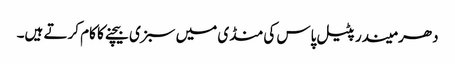
دھرمیندر پٹیل پاس کی منڈی میں سبزی بیچنے کا کام کرتے ہیں۔